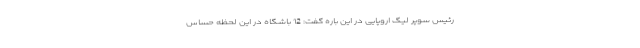
رئیس سوپر لیگ اروپایی در این باره گفت: 12 باشگاه در این لحظه حساس